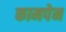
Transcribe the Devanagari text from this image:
कामपेन